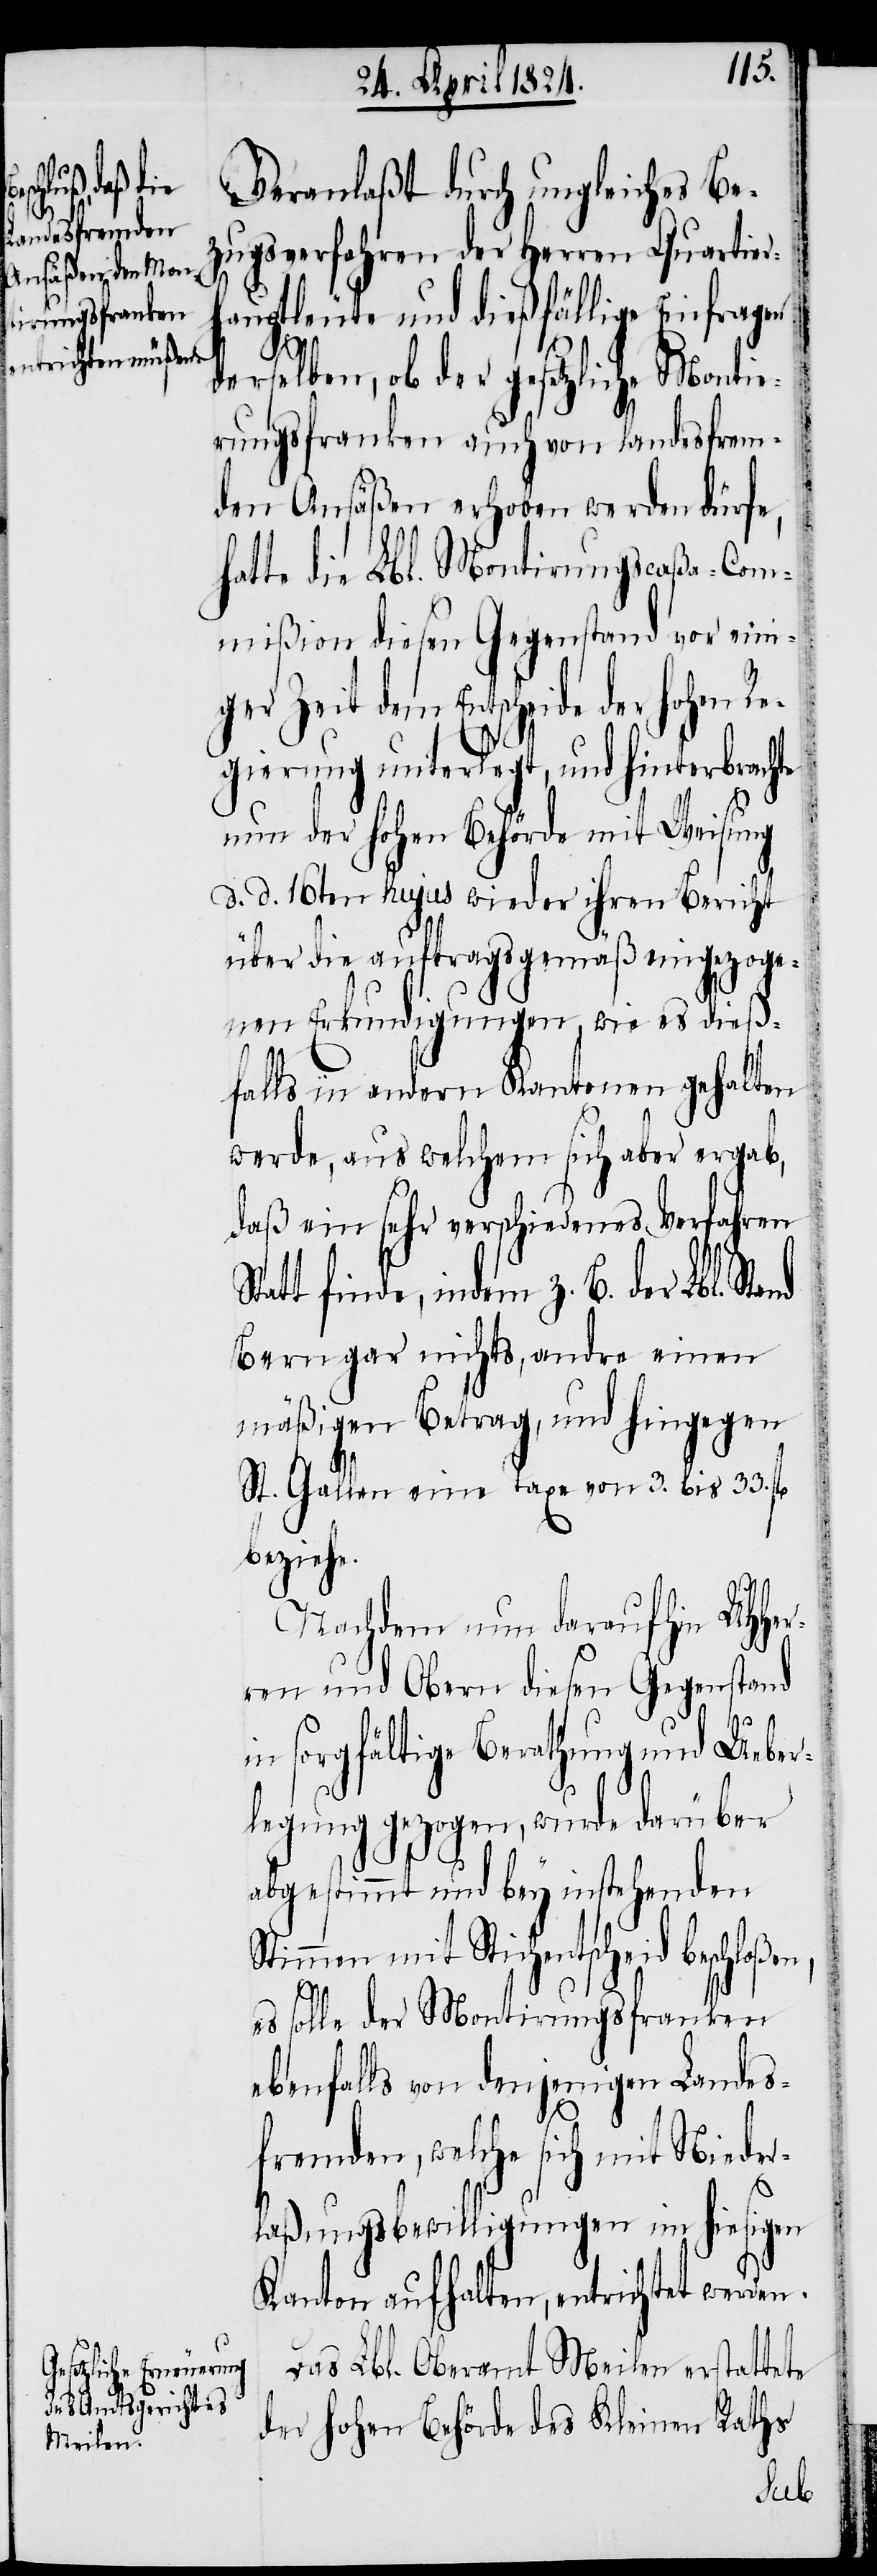
beschloßen,

Veranlaßt durch ungleiches Be¬
zugsverfahren der Herren Quartier¬
hauptleute und dießfällige Einfragen
derselben, ob der gesetzliche Monti¬
rungsfranken auch von landesfrem¬
den Ansäßen erhoben werden dürfe,
hatte die Lbl. Montirungscaßa-Com¬
mißion diesen Gegenstand vor eini¬
ger Zeit dem Entscheide der
gierung unterlegt, und hinterbrachte
nun der hohen Behörde mit Weisung
d. d. 16ten hujus wieder ihren Bericht
über die auftragsgemäß eingezoge¬
nen Erkundigungen, wie es dieß¬
falls in andern Kantonen gehalten
werde, aus welchem sich aber ergab,
daß ein sehr verschiedenes Verfahren
Statt finde, indem z. B. der Lbl. St¬
Bern gar nichts, andre einen
mäßigen Betrag, und hingegen
St. Gallen eine Taxe von 3. bis 33. fl.
beziehe.
Nachdem nun daraufhin UHHer¬
ren und Obern diesen Gegenstand
in sorgfältige Berathung und Ueber¬
legung gezogen, wurde darüber
abgestimmt und bey instehenden
Stimmen mit Stichentscheid
es solle der Montirungsfranken
ebenfalls von denjenigen Landes¬
fremden, welche sich mit Nieder¬
laßungsbewilligungen im hiesigen
Kanton aufhalten, entrichtet werden.
Das Lbl. Oberamt Meilen erstattete
der hohen Behörde des Kleinen Raths
and